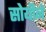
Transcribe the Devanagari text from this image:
सोयीने